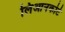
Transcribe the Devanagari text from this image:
लिआनकोर्ट